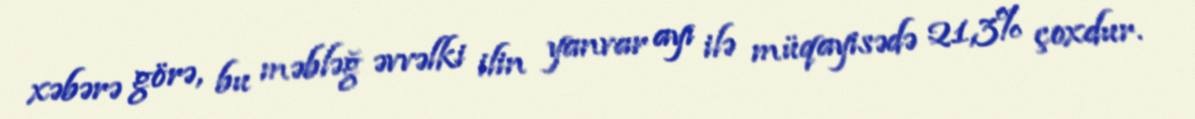
xəbərə görə, bu məbləğ əvvəlki ilin yanvar ayı ilə müqayisədə 21,3% çoxdur.